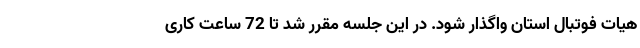
هیات فوتبال استان واگذار شود. در این جلسه مقرر شد تا 72 ساعت کاری